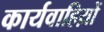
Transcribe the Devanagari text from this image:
कार्यवाहिय़ों